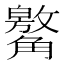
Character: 䚫